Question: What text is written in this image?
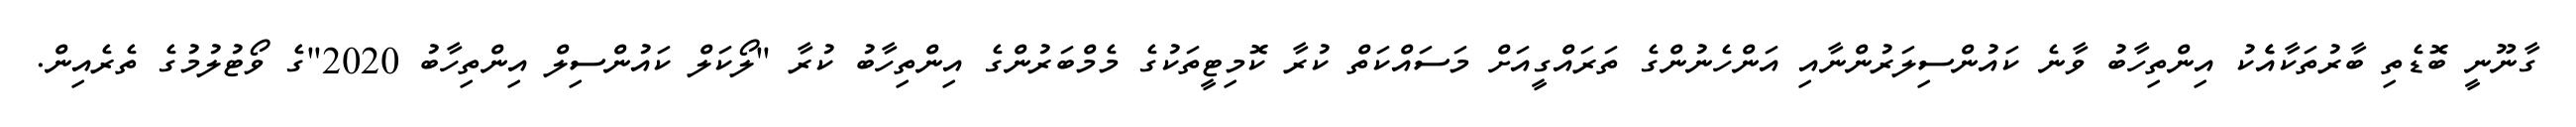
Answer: ގާނޫނީ ބޮޑެތި ބާރުތަކާއެެކު އިންތިހާބު ވާނެ ކައުންސިލަރުންނާއި އަންހެނުންގެ ތަރައްގީއަށް މަސައްކަތް ކުރާ ކޮމިޓީތަކުގެ މެމްބަރުންގެ އިންތިހާބު ކުރާ "ލޯކަލް ކައުންސިލް އިންތިހާބު 2020"ގެ ވޯޓުލުމުގެ ތެރެއިން.